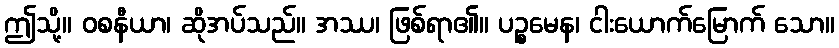
ဤသို့။ ဝစနီယာ၊ ဆိုအပ်သည်။ အဿ၊ ဖြစ်ရာ၏။ ပဉ္စမေန၊ ငါးယောက်မြောက် သော။